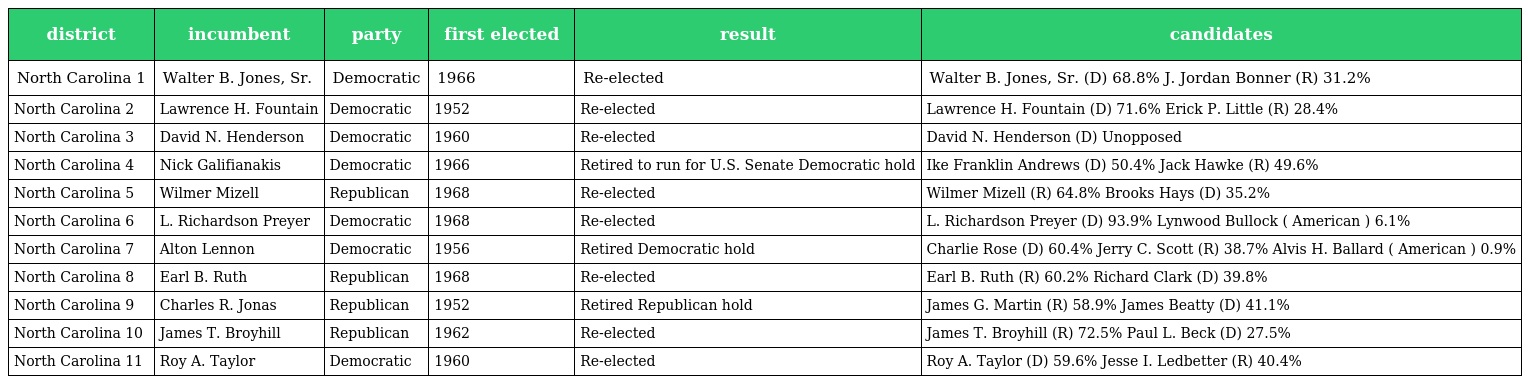
| district | incumbent | party | first elected | result | candidates |
 | --- | --- | --- | --- | --- | --- |
 | North Carolina 1 | Walter B. Jones, Sr. | Democratic | 1966 | Re-elected | Walter B. Jones, Sr. (D) 68.8% J. Jordan Bonner (R) 31.2% |
 | North Carolina 2 | Lawrence H. Fountain | Democratic | 1952 | Re-elected | Lawrence H. Fountain (D) 71.6% Erick P. Little (R) 28.4% |
 | North Carolina 3 | David N. Henderson | Democratic | 1960 | Re-elected | David N. Henderson (D) Unopposed |
 | North Carolina 4 | Nick Galifianakis | Democratic | 1966 | Retired to run for U.S. Senate Democratic hold | Ike Franklin Andrews (D) 50.4% Jack Hawke (R) 49.6% |
 | North Carolina 5 | Wilmer Mizell | Republican | 1968 | Re-elected | Wilmer Mizell (R) 64.8% Brooks Hays (D) 35.2% |
 | North Carolina 6 | L. Richardson Preyer | Democratic | 1968 | Re-elected | L. Richardson Preyer (D) 93.9% Lynwood Bullock ( American ) 6.1% |
 | North Carolina 7 | Alton Lennon | Democratic | 1956 | Retired Democratic hold | Charlie Rose (D) 60.4% Jerry C. Scott (R) 38.7% Alvis H. Ballard ( American ) 0.9% |
 | North Carolina 8 | Earl B. Ruth | Republican | 1968 | Re-elected | Earl B. Ruth (R) 60.2% Richard Clark (D) 39.8% |
 | North Carolina 9 | Charles R. Jonas | Republican | 1952 | Retired Republican hold | James G. Martin (R) 58.9% James Beatty (D) 41.1% |
 | North Carolina 10 | James T. Broyhill | Republican | 1962 | Re-elected | James T. Broyhill (R) 72.5% Paul L. Beck (D) 27.5% |
 | North Carolina 11 | Roy A. Taylor | Democratic | 1960 | Re-elected | Roy A. Taylor (D) 59.6% Jesse I. Ledbetter (R) 40.4% |